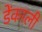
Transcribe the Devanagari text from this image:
डेंकाली